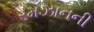
રમઝાનની